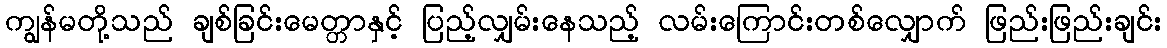
ကျွန်မတို့သည် ချစ်ခြင်းမေတ္တာနှင့် ပြည့်လျှမ်းနေသည့် လမ်းကြောင်းတစ်လျှောက် ဖြည်းဖြည်းချင်း